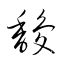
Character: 馥